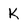
Character: K